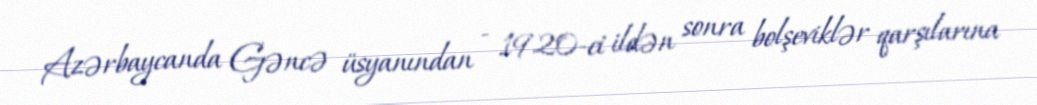
Azərbaycanda Gəncə üsyanından - 1920-ci ildən sonra bolşeviklər qarşılarına